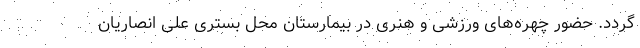
گردد. حضور چهره‌های ورزشی و هنری در بیمارستان محل بستری علی انصاریان